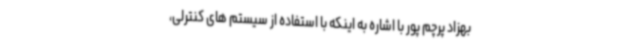
بهزاد پرچم پور با اشاره به اینکه با استفاده از سیستم های کنترلی،